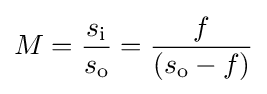
M={s_{\text{i}} \over s_{\text{o}}}={f \over (s_{\text{o}}-f)}